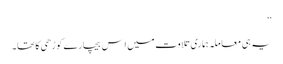
‘‘
یہ ہی معاملہ ہماری تلاوت میں اِس بیچارے کوڑھی کا تھا۔